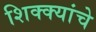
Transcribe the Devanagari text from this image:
शिक्क्यांचे